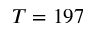
T = 1 9 7